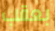
بعقب